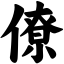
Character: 僚